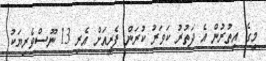
މީގެ އިތުރުން އެ ދަތުރު ކަވަރު ކުރަން ފެރީއަށް އެރި 13 ނޫސްވެރިޔަކު